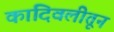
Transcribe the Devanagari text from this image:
कांदिवलीतून